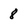
Character: 8